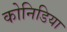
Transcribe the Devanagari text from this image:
कोनिडिया